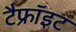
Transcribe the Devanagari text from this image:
टैफ्रॉइट